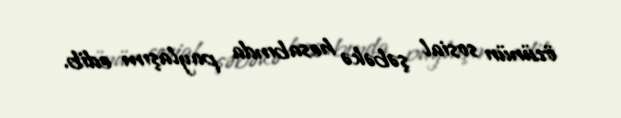
özünün sosial şəbəkə hesabında paylaşım edib.